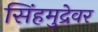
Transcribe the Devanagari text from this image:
सिंहमुद्रेवर